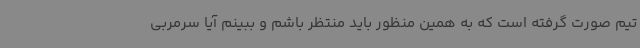
تیم صورت گرفته است که به همین منظور باید منتظر باشم و ببینم آیا سرمربی